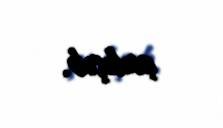
çalışıb.